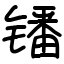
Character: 𫔍